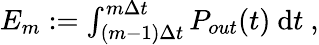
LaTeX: \begin{array}{r}{E_{m}:=\int_{(m-1)\Delta t}^{m\Delta t}P_{out}(t)\ \textnormal{d}t\ ,}\end{array}